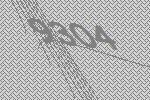
9304